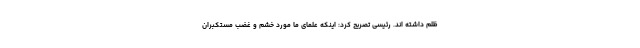
ظلم داشته اند. رئیسی تصریح کرد: اینکه علمای ما مورد خشم و غضب مستکبران